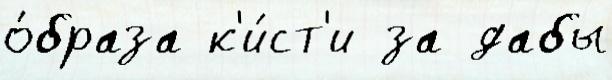
о́браза к'и́ст'и за дабы